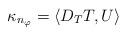
LaTeX: \begin{align*}\kappa _{n_{\varphi }}=\left\langle D_{T}T,U\right\rangle \end{align*}